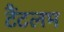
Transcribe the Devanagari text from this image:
टैंटलम